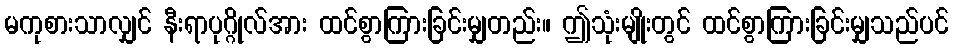
မကုစားသာလျှင် နီးရာပုဂ္ဂိုလ်အား ထင်စွာကြားခြင်းမျှတည်း။ ဤသုံးမျိုးတွင် ထင်စွာကြားခြင်းမျှသည်ပင်